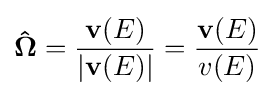
\mathbf {\hat {\Omega }} ={\frac {\mathbf {v} (E)}{|\mathbf {v} (E)|}}={\frac {\mathbf {v} (E)}{v(E)}}